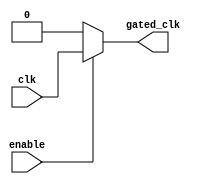
module clock_gating_cell (
    input wire clk,            // Global clock
    input wire enable,         // Gating control signal
    output wire gated_clk      // Gated clock output
);
    assign gated_clk = enable ? clk : 1'b0; // Pass the clock if enabled, else 0
endmodule